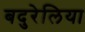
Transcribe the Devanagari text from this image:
बदुरेलिया